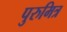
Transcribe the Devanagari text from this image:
पुरुमित्र